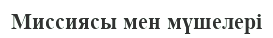
Миссиясы мен мүшелері